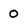
Character: 0